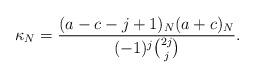
LaTeX: \begin{align*} \kappa_N = \frac{(a-c-j+1)_N(a+c)_N}{(-1)^{j}\binom{2j}{j}}. \end{align*}